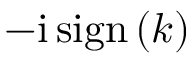
- \mathrm { i } \, \mathrm { s i g n } \left( k \right)